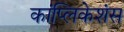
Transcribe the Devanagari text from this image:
कांप्लिकेशंस